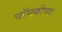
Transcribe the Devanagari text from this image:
चॉम्स्कीच्या